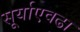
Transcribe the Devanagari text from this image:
सूर्याएवढा